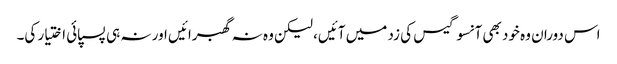
اس دوران وہ خود بھی آنسو گیس کی زد میں آئیں، لیکن وہ نہ گھبرائیں اور نہ ہی پسپائی اختیار کی۔